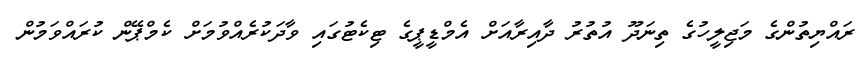
ރައްޔިތުންގެ މަޖިލީހުގެ ތިނަދޫ އުތުރު ދާއިރާއަށް އެމްޑީޕީގެ ޓިކެޓުގައި ވާދަކުރެއްވުމަށް ކެމްޕޭން ކުރައްވަމުން